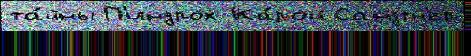
та́йны П'индрох Ка́рой Сандтн'ер